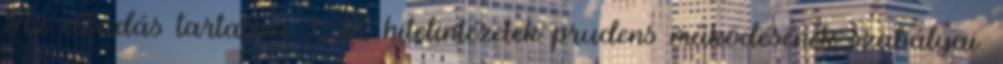
Az előadás tartalma 1. A hitelintézetek prudens működésének szabályai.